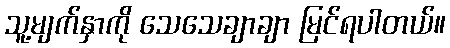
သူ့မျက်နှာကို သေသေချာချာ မြင်ရပါတယ်။